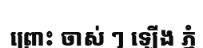
ព្រោះ ចាស់ ៗ ឡើង ភ្នំ